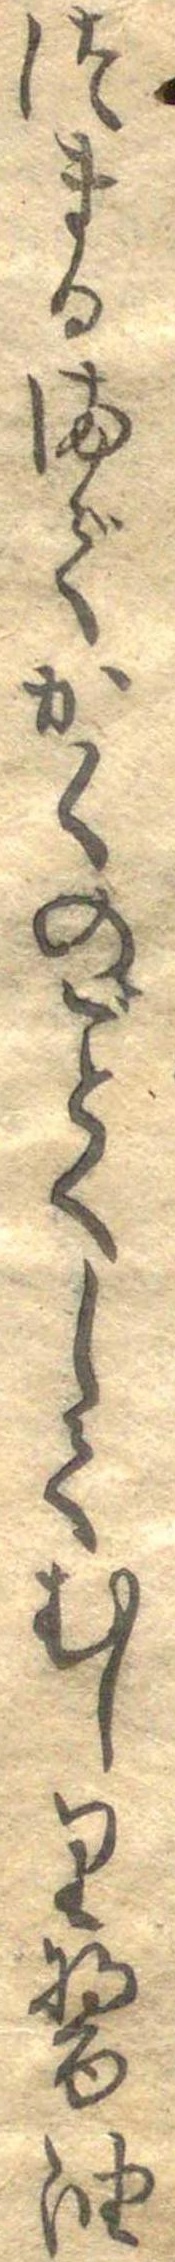
つまるまでかくのごとくしてむしり醤油